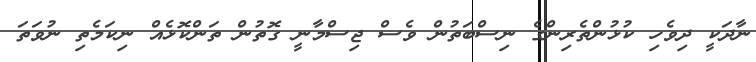
ނާދަކީ ދިވެހި ކުޅުންތެރިންގެ ނިސްބަތުން ވެސް ޖިސްމާނީ ގޮތުން ތަންކޮޅެއް ނިކަމެތި ނުވަތަ